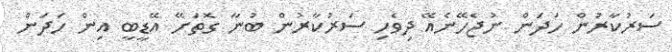
ސަރުކާރުން ހަދަން ނުޖެހޭނެއޭ ދިވެހި ސަރުކާރުން ބުނާ ގޮތަށޭ އޭޑީބީ އިން ހަދަން